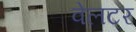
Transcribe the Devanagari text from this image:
वेलटर